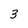
Character: 3